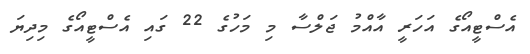
އެސްޓީއޯގެ އަހަރީ އާއްމު ޖަލްސާ މި މަހުގެ 22 ގައި އެސްޓީއޯގެ މިދިޔަ